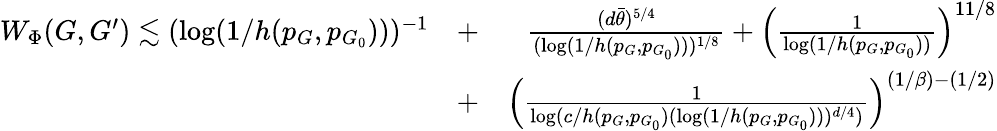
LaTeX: \begin{array}{rlr}{W_{\Phi}(G,G^{\prime})\lesssim(\log(1/h(p_{G},p_{G_{0}})))^{-1}}&{+}&{\frac{(d\bar{\theta})^{5/4}}{(\log(1/h(p_{G},p_{G_{0}})))^{1/8}}+\left(\frac{1}{\log(1/h(p_{G},p_{G_{0}}))}\right)^{11/8}}\\ &{+}&{\left(\frac{1}{\log(c/h(p_{G},p_{G_{0}})(\log(1/h(p_{G},p_{G_{0}})))^{d/4})}\right)^{(1/\beta)-(1/2)}}\end{array}